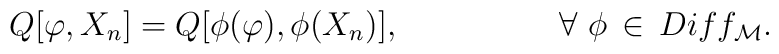
Q[\varphi,X_{n}]=Q[\phi(\varphi),\phi(X_{n})],            \hspace{2cm}  \forall\ \phi\,\in\,Diff_{\cal M}.